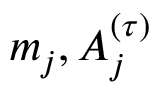
m _ { j } , A _ { j } ^ { ( \tau ) }